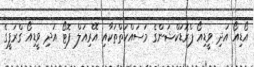
އޯޑިއޯ އަދި ވީޑިއޯ ޕްރޮޑަކްޝަންގެ މަސައްކަތްތަކާއި އޭރިއަލް ފޮޓޯ އަދި ވީޑިއޯ ގްރަފީގެ